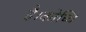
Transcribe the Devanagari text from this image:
है।कोच्चि